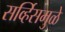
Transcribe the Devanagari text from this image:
सर्व्हिसमुळे